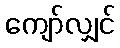
ကျော်လျှင်